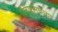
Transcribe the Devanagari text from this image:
विचारांमधल्या